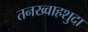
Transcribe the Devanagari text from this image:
तनख्वाहशुदा